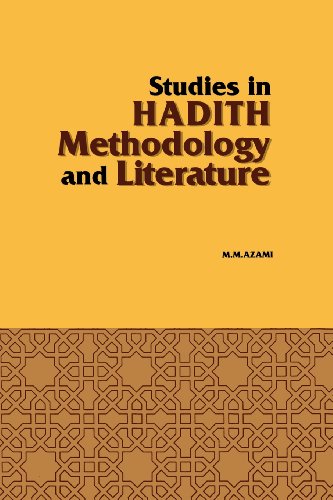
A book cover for Studies in Hadith Methodology and Literature; Murhammad Mursrtafba A0rzamei; Religion & Spirituality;